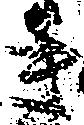
き